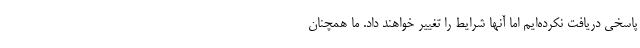
پاسخی دریافت نکرده‌ایم اما آنها شرایط را تغییر خواهند داد. ما همچنان